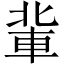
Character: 軰